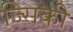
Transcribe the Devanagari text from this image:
ज्सिकी